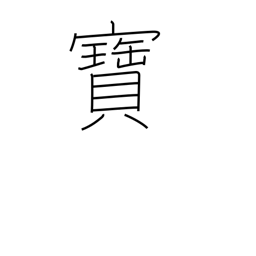
Meaning: rare